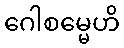
ဂေါစမ္မေဟိ